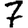
Digit: 7